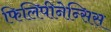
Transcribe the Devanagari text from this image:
फिलिपीनेन्सिस